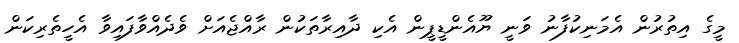
މީގެ އިތުރުން އެމަނިކުފާނު ވަނީ ޔޫއެންޑީޕީން އެކި ދާއިރާތަކުން ރާއްޖެއަށް ވެދެއްވާފައިވާ އެހީތެރިކަން